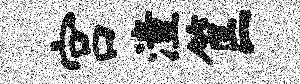
宫潼筐